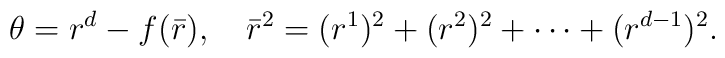
\theta = r^{d} - f(\bar{r}), ~~~ \bar{r}^2 = (r^1)^2 + (r^2)^2 + \cdots + (r^{d-1})^2.